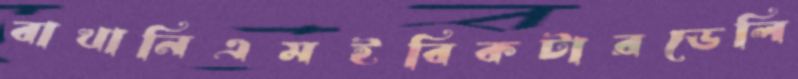
বাখানিএমইবিকটারডেলি